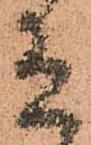
有